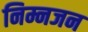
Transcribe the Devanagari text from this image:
निम्नजन